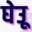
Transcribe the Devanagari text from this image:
घेउू